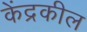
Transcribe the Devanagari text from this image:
केंद्रकील